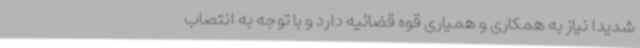
شدیدا نیاز به همکاری و همیاری قوه قضائیه دارد و با توجه به انتصاب